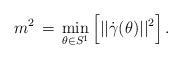
LaTeX: \begin{align*}m^2 \,=\, \min_{\theta\in S^1}\Big[||\dot{\gamma}(\theta)||^2\Big]\,.\end{align*}